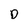
Character: D